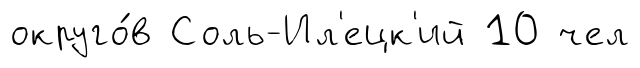
округо́в Соль-Ил'ецк'ий 10 чел